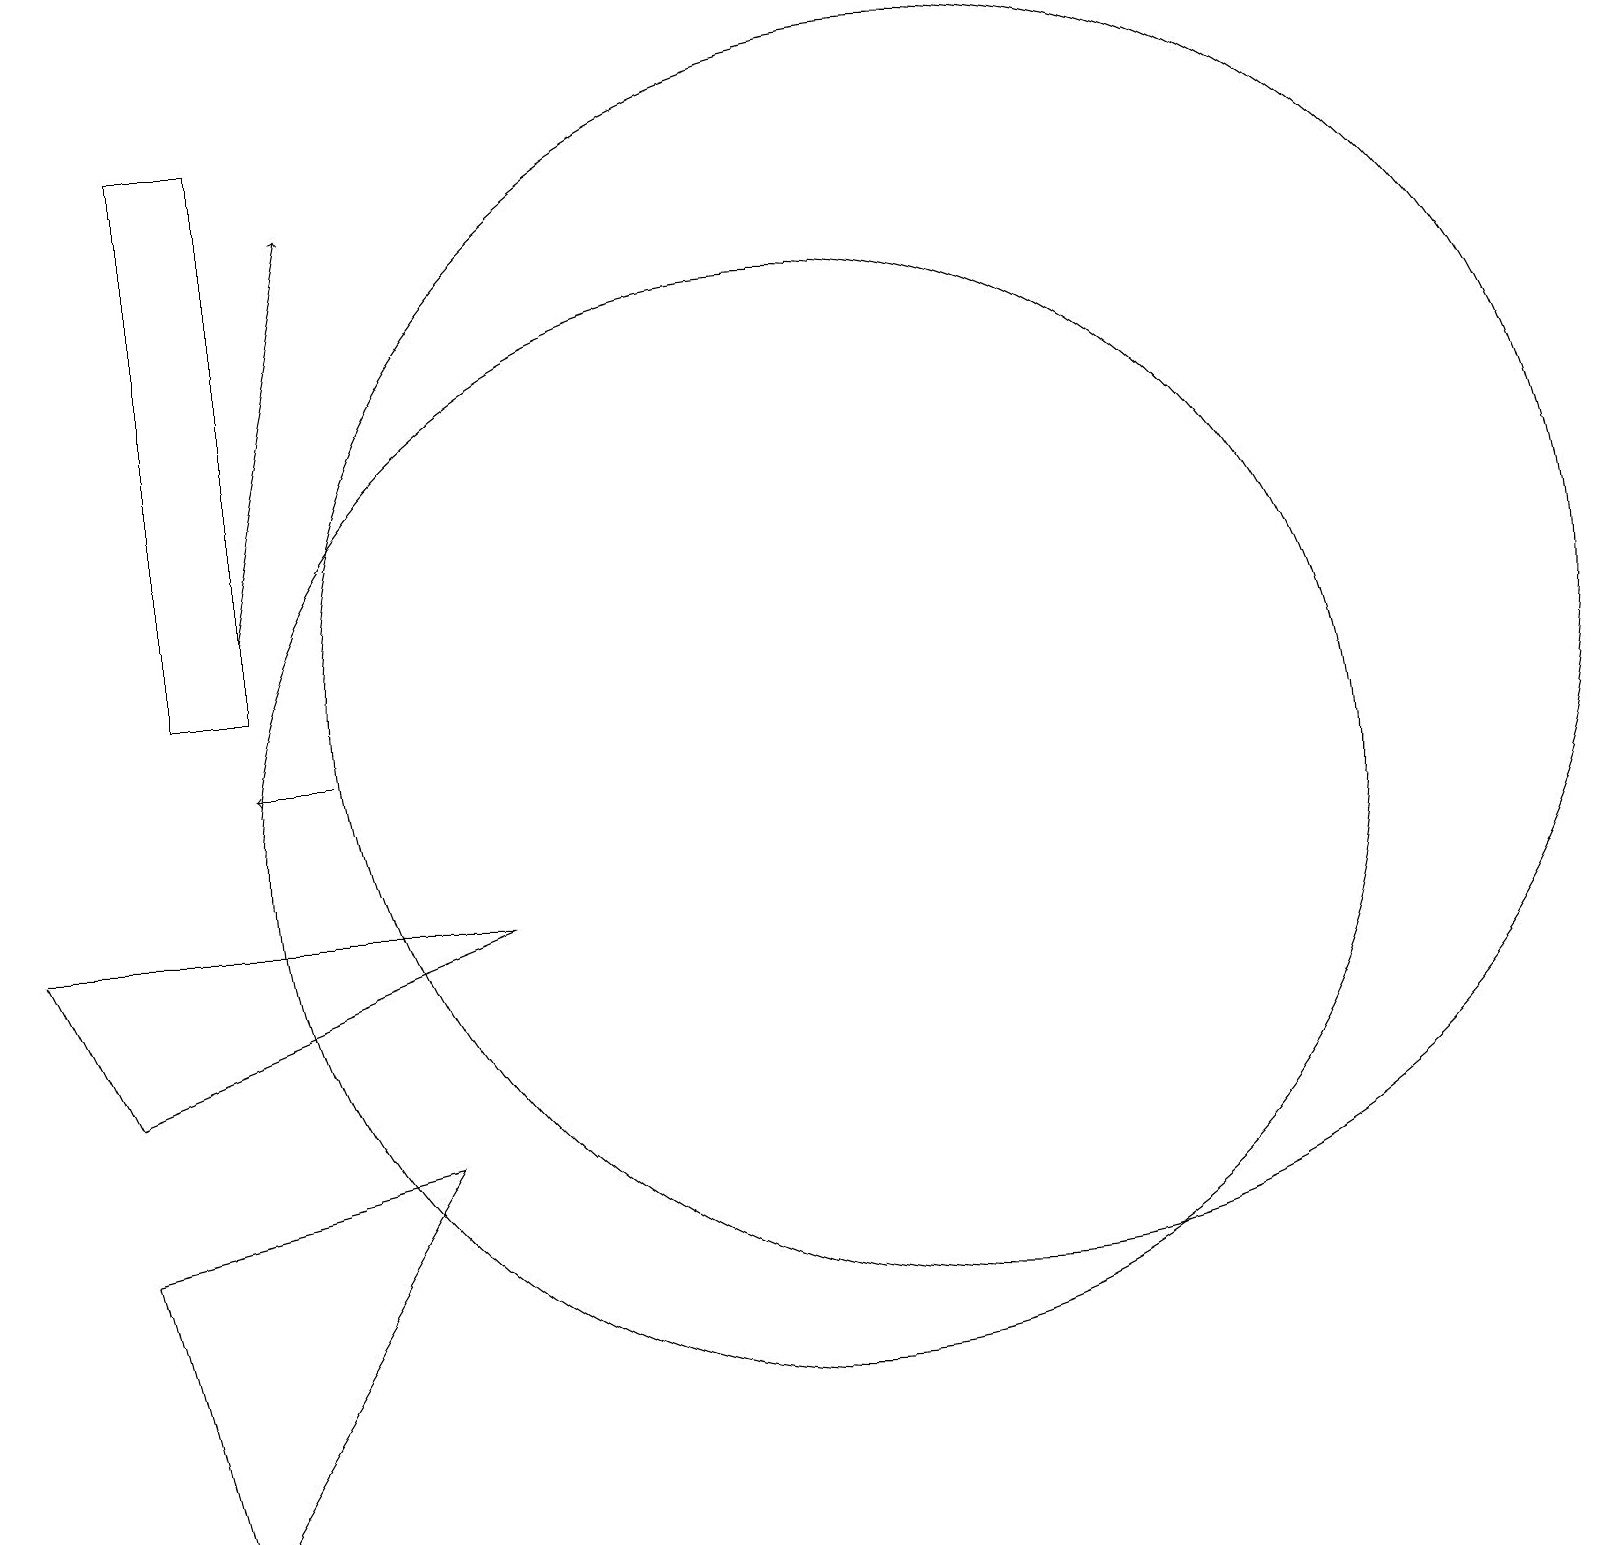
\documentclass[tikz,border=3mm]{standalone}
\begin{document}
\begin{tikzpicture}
\draw (6,9) -- (0,9) -- (1,7) -- cycle;
\draw (2,12) rectangle (3,19);
\draw (12,12) circle (8);
\draw (10,10) circle (7);
\draw (2,1) -- (1,5) -- (5,6) -- cycle;
\draw[->] (3,13) -- (4,18);
\draw[->] (4,11) -- (3,11);
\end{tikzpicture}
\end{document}